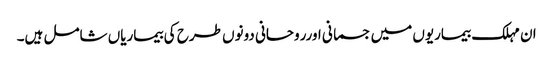
ان مہلک بیماریوں میں جسمانی اورروحانی دونوں طرح کی بیماریاں شامل ہیں۔